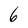
Character: 6